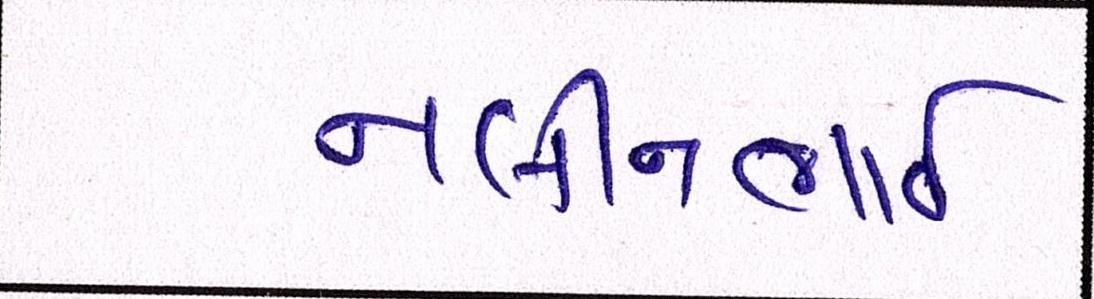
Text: નલીનભાઈ